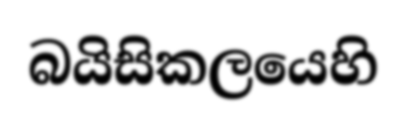
බයිසිකලයෙහි